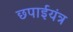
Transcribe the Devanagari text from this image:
छपाईयंत्र